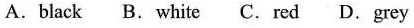
A. black B. white C. red D. grey